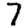
Digit: 7